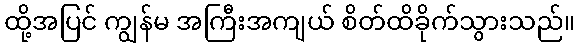
ထို့အပြင် ကျွန်မ အကြီးအကျယ် စိတ်ထိခိုက်သွားသည်။